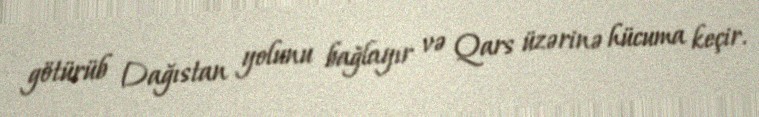
götürüb Dağıstan yolunu bağlayır və Qars üzərinə hücuma keçir.